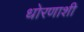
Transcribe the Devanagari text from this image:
धोरणाशी